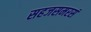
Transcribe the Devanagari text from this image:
सहजसमरसं